Lunatic asylums Madras 1877-1891 - 1877-1891
Year: 1877
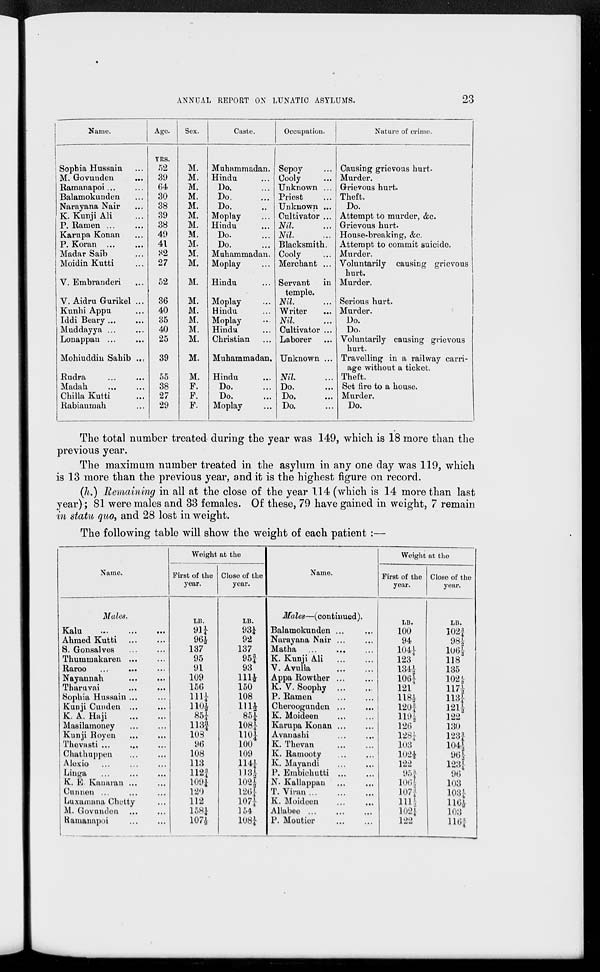
ANNUAL REPORT ON LUNATIC ASYLUMS.
23
Name.
Sophia Hussain ...
M. Govunden ...
Ramanapoi ... ...
Balamokunden ...
Narayana Nair ...
K. Kunji Ali ...
P. Ramen
...
...
Karupa Konan ...
P. Koran
...
...
Madar Saib ...
Moidin Kutti ...
V. Embranderi ...
V. Aidru Gurikel ...
Kunhi Appu ...
Iddi Beary ... ...
Muddayya
...
...
Lonappan
...
...
Mohiuddin Sahib ...
Rudra ... ...
Madah
...
...
Chilla Kutti ...
Rabiaumah ...
Age.
YRS.
52
39
64
30
38
39
38
49
41
32
27
52
36
40
35
40
25
39
55
38
27
29
Sex.
M.
M.
M.
M.
M.
M.
M.
M.
M.
M.
M.
M.
M.
M.
M.
M.
M.
M.
M.
F.
F.
F.
Caste.
Muhammadan.
Hindu ...
Do. ...
Do. ...
Do. ...
Moplay ...
Hindu ...
Do. ...
Do. ...
Muhammadan.
Moplay ...
Hindu ...
Moplay ...
Hindu ...
Moplay ...
Hindu ...
Christian ...
Muhammadan.
Hindu ...
Do. ...
Do. ...
Moplay ...
Occupation.
Sepoy ...
Cooly ...
Unknown ...
Priest ...
Unknown ...
Cultivator ...
Nil. ...
Nil. ...
Blacksmith.
Cooly ...
Merchant ...
Servant
in
temple.
Nil. ...
Writer ...
Nil. ...
Cultivator ...
Laborer ...
Unknown ...
Nil. ...
Do. ...
Do. ...
Do. ...
Nature of crime.
Causing grievous hurt.
Murder.
Grievous hurt.
Theft.
Do.
Attempt to murder, &c.
Grievous hurt.
House-breaking, &c.
Attempt to commit suicide.
Murder.
Voluntarily causing grievous
hurt.
Murder.
Serious hurt.
Murder.
Do.
Do.
Voluntarily causing grievous
hurt.
Travelling in a railway carri-
age without a ticket.
Theft.
Set fire to a house.
Murder.
Do.
The total number treated during the year was 149, which is 18 more than the
previous year.
The maximum number treated in the asylum in any one day was 119, which
is 13 more than the previous year, and it is the highest figure on record.
(h.) Remaining in all at the close of the year 114 (which is 14 more than last
year); 81 were males and 33 females. Of these, 79 have gained in weight, 7 remain
in statu quo, and 28 lost in weight.
The following table will show the weight of each patient:—
Name.
Males.
Kalu
...
...
...
Ahmed Kutti
...
...
S. Gonsalves
...
...
Thummakaren
...
...
Raroo
...
...
...
Nayannah
...
...
Tharuvai
...
...
Sophia Hussain ... ...
Kunji Cunden
...
...
K. A. Haji
...
...
Masilamoney
...
...
Kunji Royen
...
...
Thevasti
...
...
Chathuppen ... ...
Alexio
...
...
...
Linga
...
...
...
K. E. Kanaran
...
...
Cunnen
...
...
...
Luxamana Chetty ...
M. Govunden
...
...
Ramanapoi
...
...
Weight at the
First of the
year.
LB.
91¼
96½
137
95
91
109
156
111¼
110½
85¼
113¾
108
96
108
113
112¾
109¼
120
112
158¼
107½
Close of the
year.
LB.
93¼
92
137
95¾
93
111½
150
108
111½
85¼
108¼
110¼
100
109
114¼
113½
102½
126¼
107¼
154
108¼
Name.
Males—(continued).
Balamokunden ...
...
Narayana Nair
...
...
Matha ... ... ...
K. Kunji Ali
...
...
V. Avulla
...
...
Appa Rowther
...
...
K. V. Soophy
...
...
P. Ramen
...
...
Cheroogunden
...
...
K. Moideen
...
...
Karupa Konan
...
...
Avanashi
...
...
K. Thevan
...
...
K. Ramooty
...
...
K. Mayandi
...
...
P. Embichutti
...
...
N. Kallappan
...
...
T. Viran
...
...
...
K. Moideen
...
...
Allabee
...
...
...
P. Moutier
...
...
Weight at the
First of the
year.
LB.
100
94
104¼
123
134½
106¼
121
118½
120¾
119½
126
128¼
103
102½
122
95¾
106½
107¾
111½
102¼
122
Close of the
year.
LB.
102¾
98½
106½
118
135
102½
117½
113¼
121½
122
130
123¾
104½
96½
123¼
96
103
103¼
116½
103
116¾